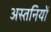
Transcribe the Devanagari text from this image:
अस्तनियों